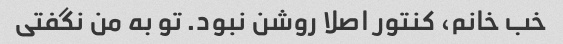
خب خانم، کنتور اصلا روشن نبود. تو به من نگفتی